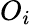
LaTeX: O_{i}